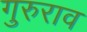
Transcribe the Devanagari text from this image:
गुरुराव